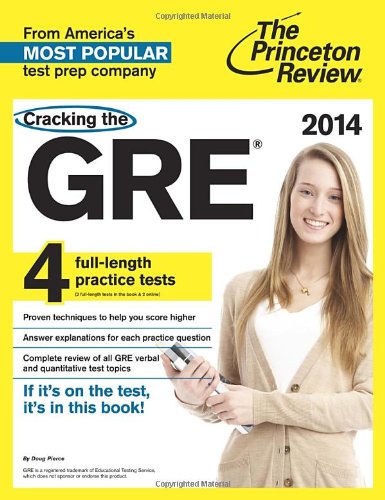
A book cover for Cracking the GRE with 4 Practice Tests, 2014 Edition (Graduate School Test Preparation); Princeton Review; Test Preparation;